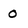
Character: 0